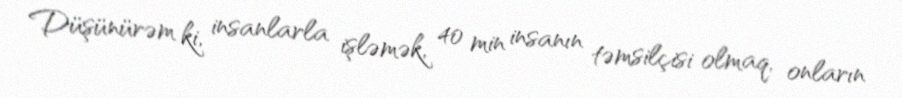
Düşünürəm ki, insanlarla işləmək, 40 min insanın təmsilçisi olmaq, onların